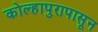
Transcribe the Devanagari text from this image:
कोल्हापुरापासून